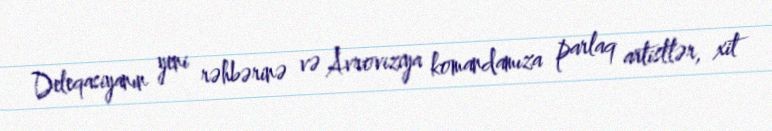
Deleqasiyanın yeni rəhbərinə və Avroviziya komandamıza parlaq artistlər, xit